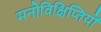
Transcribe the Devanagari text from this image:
मनोविक्षिप्तियों